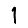
Digit: 1